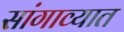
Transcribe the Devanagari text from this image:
सांगाव्यात